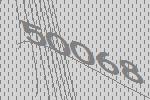
50068